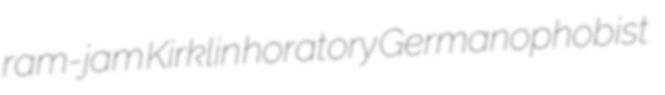
ram-jam Kirklin horatory Germanophobist